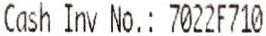
CASH INV NO.: 7022F710